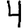
Digit: 4